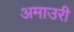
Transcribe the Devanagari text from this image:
अमाउरी